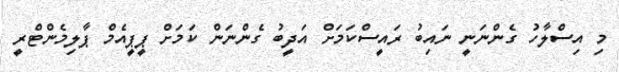
މި އިސްލާހު ގެންނަނީ ނައިބު ރައީސްކަަމަށް އަދީބު ގެންނަން ކަަމަށް ޕީޕީއެމް ޕާލިމެންޓްރީ